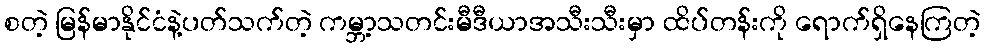
စတဲ့ မြန်မာနိုင်ငံနဲ့ပတ်သက်တဲ့ ကမ္ဘာ့သတင်းမီဒီယာအသီးသီးမှာ ထိပ်တန်းကို ရောက်ရှိနေကြတဲ့